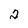
Character: 2